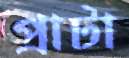
প্রাটা